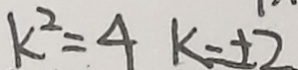
k ^ { 2 } = 4 k = \pm 2